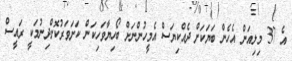
އެ 37 މިލިއަން އެހެން ބަޔަކަށް ދެއްކިޔަސް އެމީހުންނަށް ބޯހިޔާވަހިކަން ކަށަވަރުކޮށްދިނުމަކީ ރައީސް